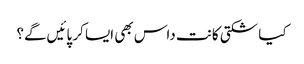
کیا شکتی کانت داس بھی ایسا کر پائیں‌گے؟